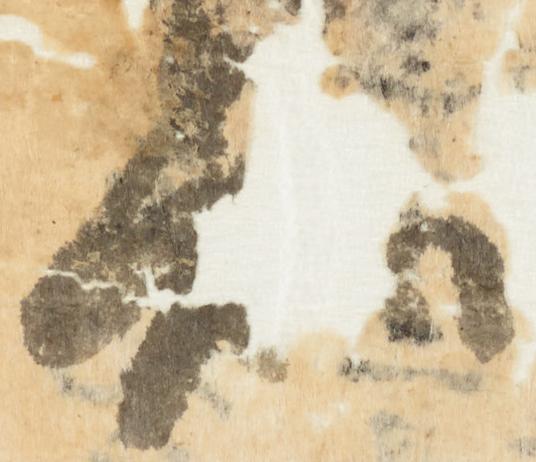
知